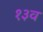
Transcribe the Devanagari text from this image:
१३व